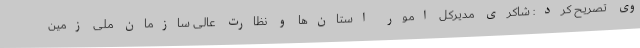
وی تصریح کرد: شاکری مدیرکل امور استان‌ها و نظارت عالی سازمان ملی زمین